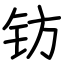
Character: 钫